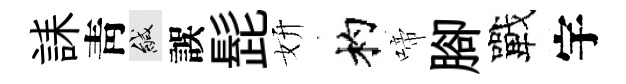
誄靑緘誤髭妍杓啼腳戰宇